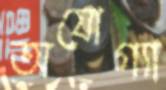
অযোগ্যা